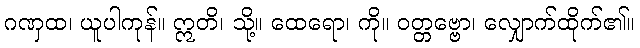
ဂဏှထ၊ ယူပါကုန်။ ဣတိ၊ သို့။ ထေရော၊ ကို။ ဝတ္တဗ္ဗော၊ လျှောက်ထိုက်၏။